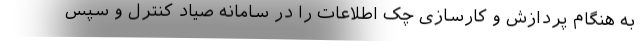
به هنگام پردازش و کارسازی چک اطلاعات را در سامانه صیاد کنترل و سپس